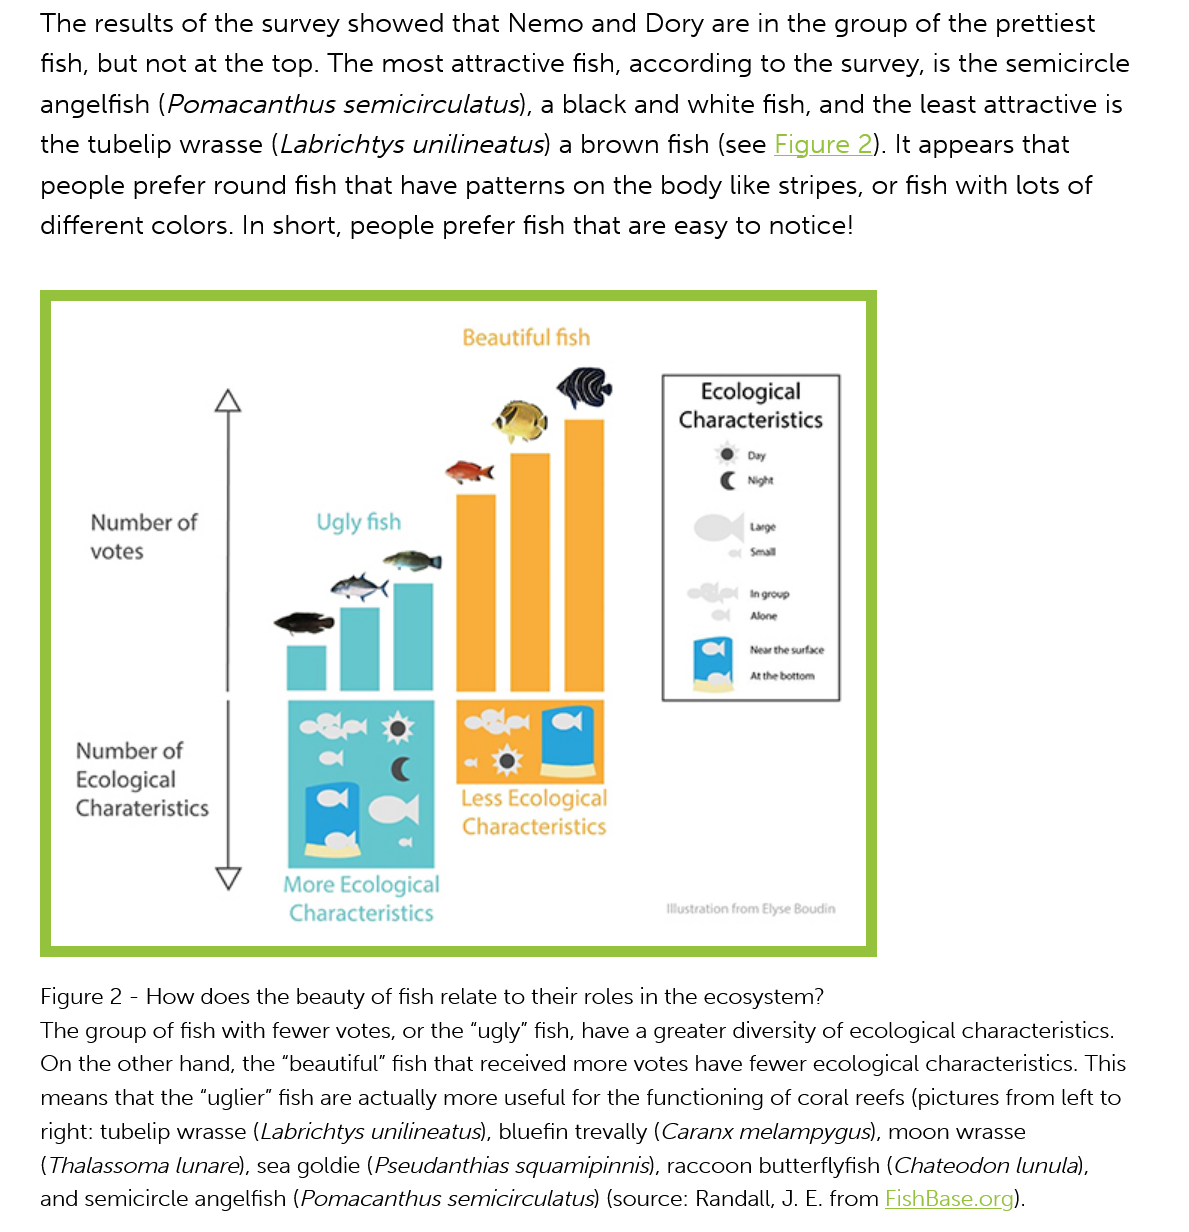
The  results of the survey showed   that Nemo   and  Dory are  in the group  of the prettiest
    fish, but not at the top. The most attractive  fish, according to the survey, is the semicircle
    angelfish  (Pomacanthus    semicirculatus), a black and  white fish, and the least attractive is
    the tubelip wrasse  (Labrichtys  unilineatus) a brown fish (see Figure  2). It appears that
    people  prefer round  fish that have patterns  on the body like  stripes, or fish with lots of
    different colors. In short, people prefer fish that are easy to notice!
    Figure 2
     -
     How  does the beauty of fish relate to their roles in the ecosystem?
    The group of fish with fewer votes, or the “ugly” fish, have a greater diversity of ecological characteristics.
    On the other hand, the “beautiful” fish that received more votes have fewer ecological characteristics. This
    means that the “uglier” fish are actually more useful for the functioning of coral reefs (pictures from left to
    right: tubelip wrasse (Labrichtys unilineatus), bluefin trevally (Caranx melampygus), moon wrasse
    (Thalassoma lunare), sea goldie (Pseudanthias squamipinnis), raccoon butterflyfish (Chateodon lunula),
    and semicircle angelfish (Pomacanthus semicirculatus) (source: Randall, J. E. from FishBase.org).